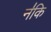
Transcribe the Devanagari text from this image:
न॑कि